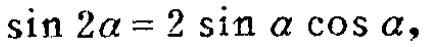
\(\sin 2\alpha = 2 \sin \alpha \cos \alpha\)